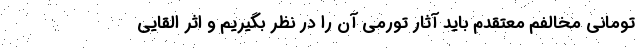
تومانی مخالفم معتقدم باید آثار تورمی آن را در نظر بگیریم و اثر القایی